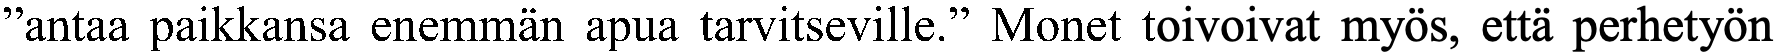
”antaa paikkansa enemmän apua tarvitseville.” Monet toivoivat myös, että perhetyön